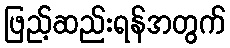
ဖြည့်ဆည်းရန်အတွက်